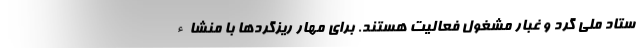
ستاد ملی گرد و غبار مشغول فعالیت هستند. برای مهار ریزگردها با منشاء